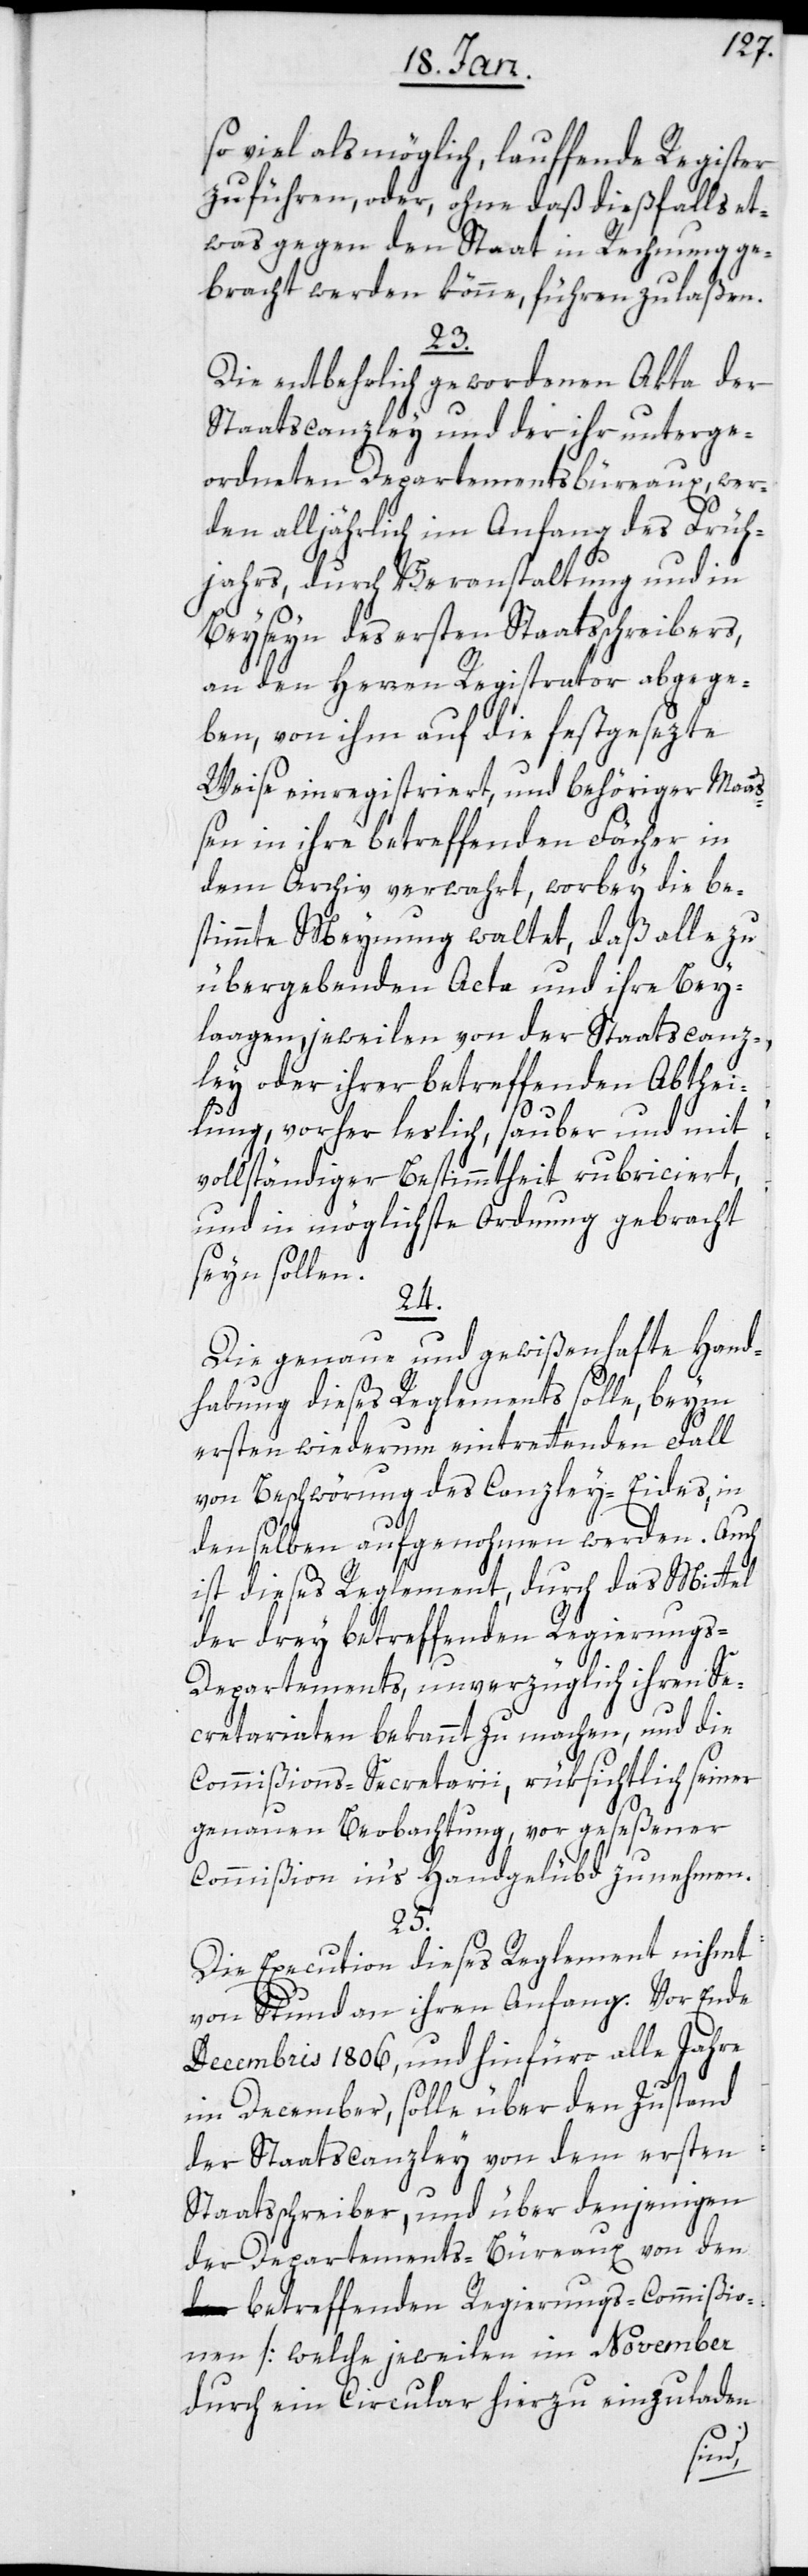
so viel als möglich, lauffende Register
zu führen, oder, ohne daß dießfalls et¬
was gegen den Staat in Rechnung ge¬
bracht werden könne, führen zu laßen.
23.
Die entbehrlich gewordenen Akta der
Staatscanzley und der ihr unterge¬
ordneten Departementsbureaux, wer¬
den alljährlich im Anfang des Früh¬
jahrs durch Veranstaltung und in
Beysein des ersten Staatsschreibers,
an den Herren Registrator abgege¬
ben, von ihm auf die festgesezte
Weise einregistriert, und behöriger Maaß¬
en in ihre betreffenden Fächer in
dem Archiv verwahrt, worbey die be¬
stimmte Meynung waltet, daß alle zu
übergebenden Acta und ihre Bey¬
laagen, jeweilen von der Staatscanz¬
ley oder ihrer betreffenden Abthei¬
lung, vorher leslich, sauber und mit
vollständiger Bestimmtheit rubriciert,
und in möglichste Ordnung gebracht
seyn sollen.
24.
Die genaue und gewißenhafte Hand¬
habung dieses Reglements solle, beym
ersten wiederum eintrettenden Fall
von Beschwörung des Canzley-Eides, in
denselben aufgenohmen werden. Auch
ist dieses Reglement, durch das Mittel
der drey betreffenden Regierung¬
s-Departements, unverzüglich ihren Se¬
cretariaten bekannt zu machen, und die
Commißions-Secretarii, rüksichtlich seiner
genauen Beobachtung, vor geseßener
Commißion in’s Handgelübd zu nehmen.
25.
Die Execution dieses Reglements nihmt
von Stund an ihren Anfang. Vor Ende
Decembris 1806, und hinfüro alle Jahre
im December, solle über den Zustand
der Staatscanzley von dem ersten
Staatsschreiber, und über denjenigen
der Departements-Bureaux von den
betreffenden Regierungs-Commißio¬
nen [welche jeweilen im November
durch ein Circular hierzu einzuladen